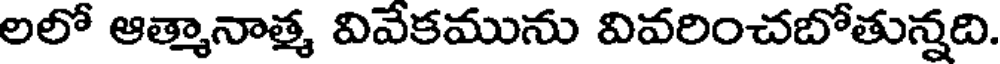
లలో ఆత్మానాత్మ వివేకమును వివరించబోతున్నది.